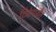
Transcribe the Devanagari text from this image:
टिकेपर्यंत